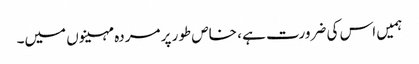
ہمیں اس کی ضرورت ہے ، خاص طور پر مردہ مہینوں میں۔